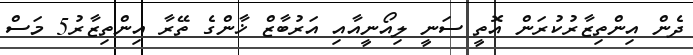
ދެން އިންތިޒާރުކުރަން އޮތީ ސަނީ ލިއޯނީއާއި އަރުބާޒް ޚާންގެ ތޭރާ އިންތިޒާރު5 މަސް